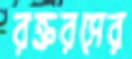
রক্তরসের